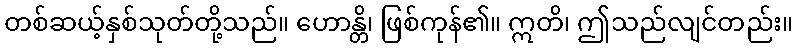
တစ်ဆယ့်နှစ်သုတ်တို့သည်။ ဟောန္တိ၊ ဖြစ်ကုန်၏။ ဣတိ၊ ဤသည်လျင်တည်း။